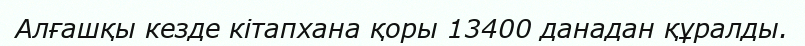
Алғашқы кезде кітапхана қоры 13400 данадан құралды.